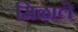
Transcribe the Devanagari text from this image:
मिळालॆ